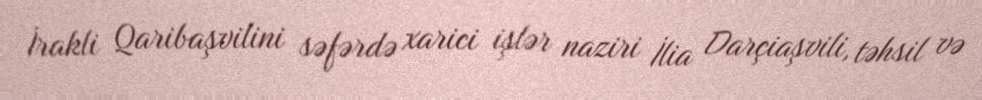
İrakli Qaribaşvilini səfərdə xarici işlər naziri İlia Darçiaşvili, təhsil və